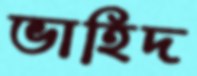
ভাহিদ